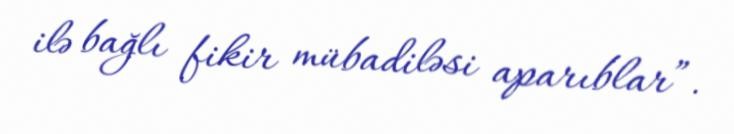
ilə bağlı fikir mübadiləsi aparıblar”.